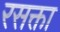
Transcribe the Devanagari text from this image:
रसक्ता